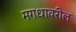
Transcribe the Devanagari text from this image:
मगधावरील